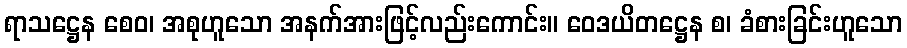
ရာသဋ္ဌေန စေဝ၊ အစုဟူသော အနက်အားဖြင့်လည်းကောင်း။ ဝေဒယိတဋ္ဌေန စ၊ ခံစားခြင်းဟူသော